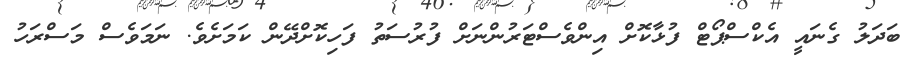
ބަދަލު ގެނައީ އެކްސްޕޯޓް ފުޅާކޮށް އިންވެސްޓަރުންނަށް ފުރުސަތު ފަހިކޮށްދޭން ކަމަށެވެ. ނަމަވެސް މަސްރަހު